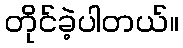
တိုင်ခဲ့ပါတယ်။